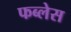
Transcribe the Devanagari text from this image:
फब्लेस